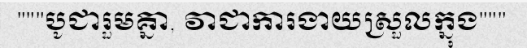
"""បូជារួមគ្នា, វាជាការងាយស្រួលក្នុង"""